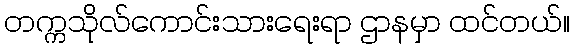
တက္ကသိုလ်ကောင်းသားရေးရာ ဌာနမှာ ထင်တယ်။